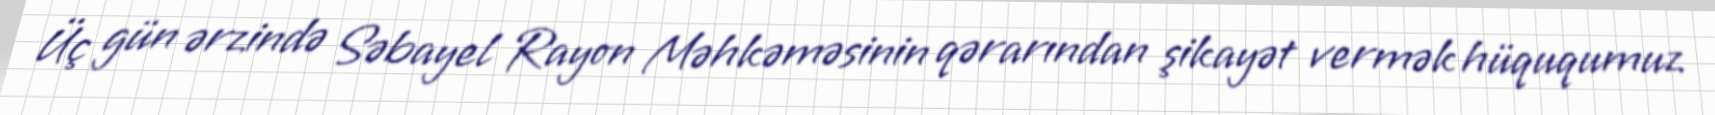
Üç gün ərzində Səbayel Rayon Məhkəməsinin qərarından şikayət vermək hüququmuz